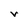
Character: V